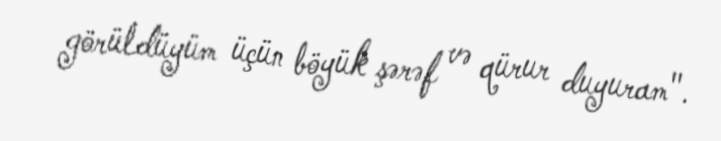
görüldüyüm üçün böyük şərəf və qürur duyuram".